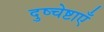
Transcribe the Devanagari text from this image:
दुष्चेष्टाएँ